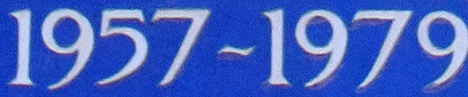
1957~1979